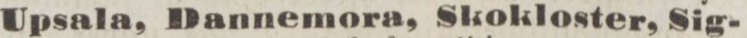
Upsala, Dannemora, Skokloster, Sig-